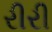
રીરી